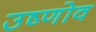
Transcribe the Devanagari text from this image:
उष्णोव